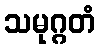
သမုဂ္ဂတံ